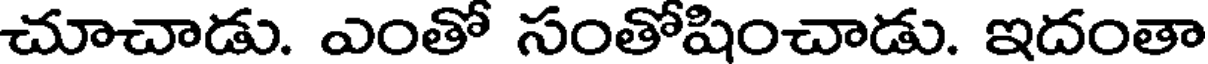
చూచాడు. ఎంతో సంతోషించాడు. ఇదంతా